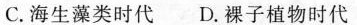
C.海生藻类时代D.裸子植物时代